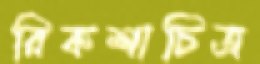
রিকশাচিত্র